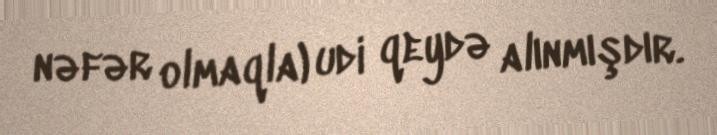
nəfər olmaqla) udi qeydə alınmışdır.